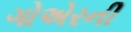
ગોએરની